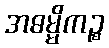
အဓမ္မိကဉ္စ